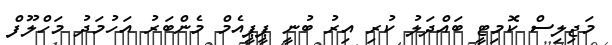
މަޖިލިސް ކޮމިޓީ ބައްދަލު ކުރި އިރު ބުނީ ޕީޕީއެމް މެންބަރު އަހުމަދު މަހްލޫފް